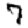
Digit: 7